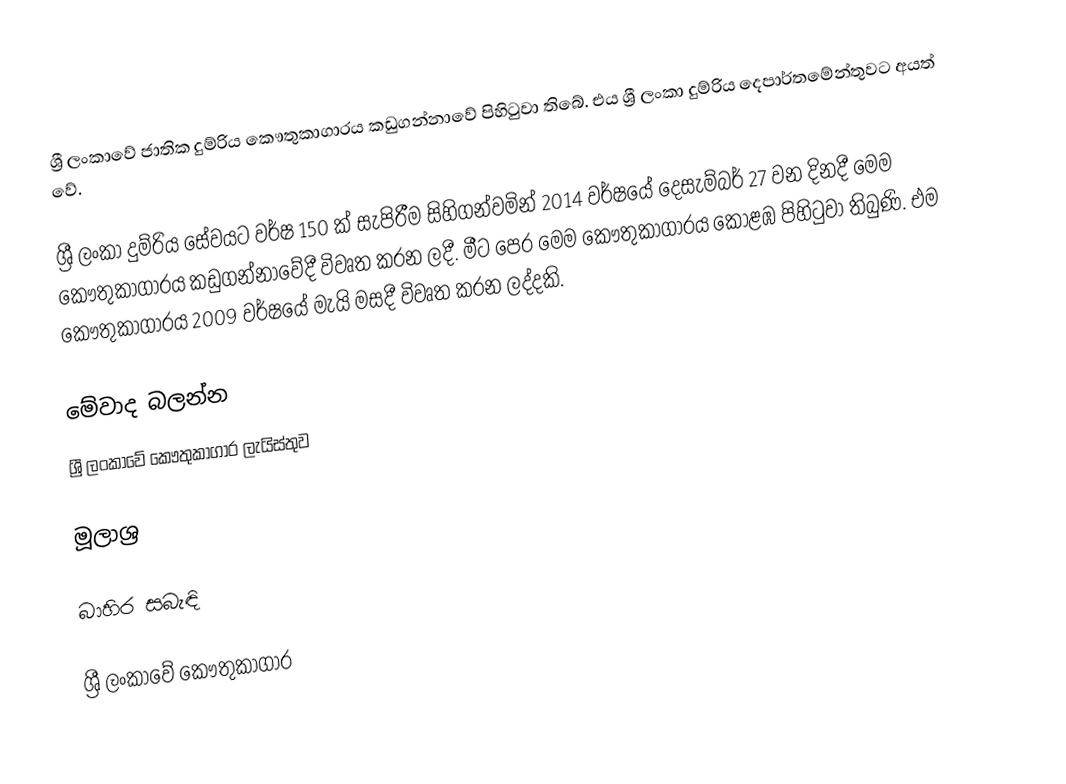
ශ්‍රී ලංකාවේ ජාතික දුම්රිය කෞතුකාගාරය කඩුගන්නාවේ පිහිටුවා තිබේ. එය ශ්‍රී ලංකා දුම්රිය දෙපාර්තමේන්තුවට අයත් වේ.

ශ්‍රී ලංකා දුම්රිය සේවයට වර්ෂ 150 ක් සැපිරීම සිහිගන්වමින් 2014 වර්ෂයේ දෙසැම්බර් 27 වන දිනදී මෙම කෞතුකාගාරය කඩුගන්නාවේදී විවෘත කරන ලදී. මීට පෙර මෙම කෞතුකාගාරය කොළඹ පිහිටුවා තිබුණි. එම කෞතුකාගාරය 2009 වර්ෂයේ මැයි මසදී විවෘත කරන ලද්දකි.

මේවාද බලන්න
ශ්‍රී ලංකාවේ කෞතුකාගාර ලැයිස්තුව

මූලාශ්‍ර

බාහිර සබැඳි

ශ්‍රී ලංකාවේ කෞතුකාගාර